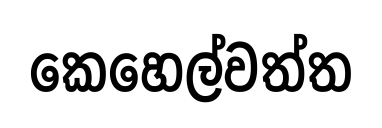
කෙහෙල්වත්ත